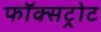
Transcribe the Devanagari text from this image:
फॉक्सट्रोट